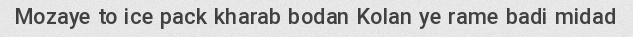
Mozaye to ice pack kharab bodan Kolan ye rame badi midad